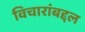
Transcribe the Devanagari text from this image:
विचारांबद्दल